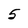
Character: 5